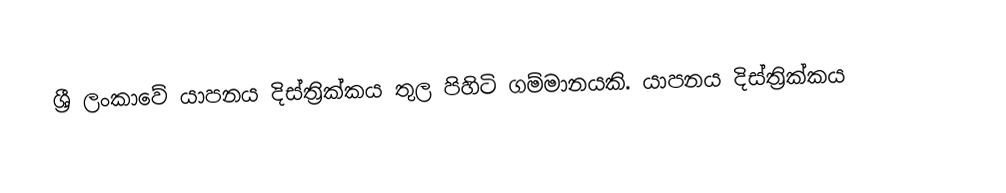
ශ්‍රී ලංකාවේ යාපනය දිස්ත්‍රික්කය තුල පිහිටි ගම්මානයකි.  යාපනය දිස්ත්‍රික්කය